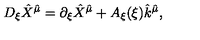
D _ { \xi } \hat { X } ^ { \hat { \mu } } = \partial _ { \xi } \hat { X } ^ { \hat { \mu } } + A _ { \xi } ( \xi ) \hat { k } ^ { \hat { \mu } } ,